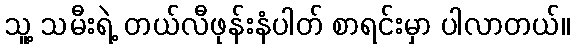
သူ့ သမီးရဲ့ တယ်လီဖုန်းနံပါတ် စာရင်းမှာ ပါလာတယ်။